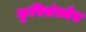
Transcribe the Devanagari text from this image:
कृषिसंस्थेत